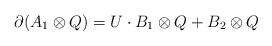
LaTeX: \begin{align*} \partial(A_1\otimes Q)=U\cdot B_1\otimes Q + B_2\otimes Q \end{align*}